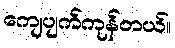
ကျေပျက်ကုန်တယ်။